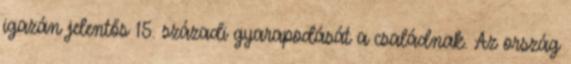
igazán jelentős 15. századi gyarapodását a családnak. Az ország